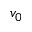
v _ { 0 }